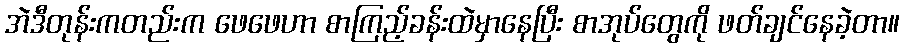
အဲဒီတုန်းကတည်းက ဖေဖေဟာ စာကြည့်ခန်းထဲမှာနေပြီး စာအုပ်တွေကို ဖတ်ချင်နေခဲ့တာ။